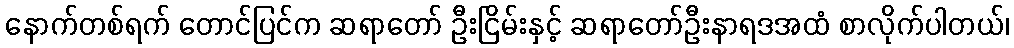
နောက်တစ်ရက် တောင်ပြင်က ဆရာတော် ဦးငြိမ်းနှင့် ဆရာတော်ဦးနာရဒအထံ စာလိုက်ပါတယ်၊